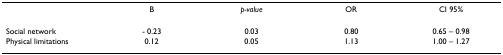
<table><thead><tr><td></td><td><b>B</b></td><td><b><i>p-value</i></b></td><td><b>OR</b></td><td><b>CI 95%</b></td></tr></thead><tbody><tr><td>Social network</td><td>- 0.23</td><td>0.03</td><td>0.80</td><td>0.65 – 0.98</td></tr><tr><td>Physical limitations</td><td>0.12</td><td>0.05</td><td>1.13</td><td>1.00 – 1.27</td></tr></tbody></table>